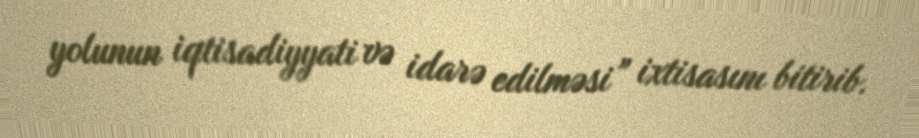
yolunun iqtisadiyyati və idarə edilməsi” ixtisasını bitirib.